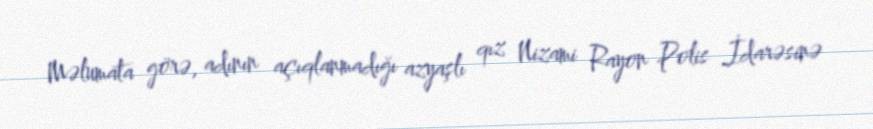
Məlumata görə, adının açıqlanmadığı azyaşlı qız Nizami Rayon Polis İdarəsinə